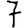
Digit: 7